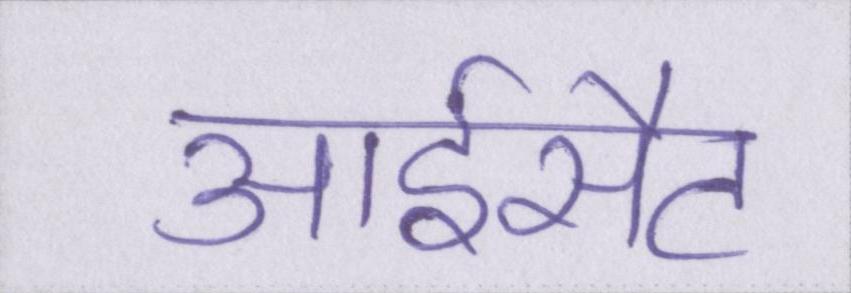
आईसैट